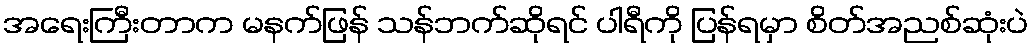
အရေးကြီးတာက မနက်ဖြန် သန်ဘက်ဆိုရင် ပါရီကို ပြန်ရမှာ စိတ်အညစ်ဆုံးပဲ